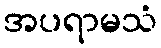
အပရာမသံ